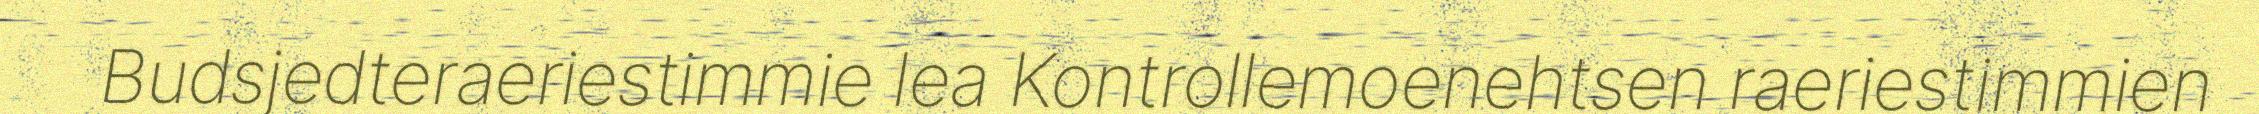
Budsjedteraeriestimmie lea Kontrollemoenehtsen raeriestimmien